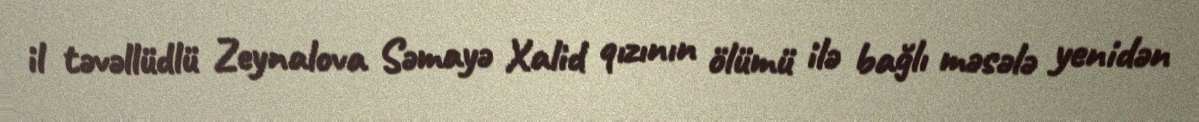
il təvəllüdlü Zeynalova Səmayə Xalid qızının ölümü ilə bağlı məsələ yenidən